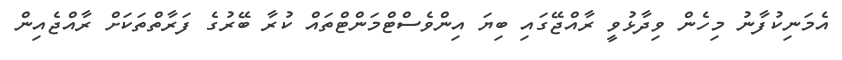
އެމަނިކުފާނު މިހެން ވިދާޅުވީ ރާއްޖޭގައި ބިޔަ އިންވެސްޓްމަންޓްތައް ކުރާ ބޭރުގެ ފަރާތްތަކަށް ރާއްޖެއިން